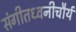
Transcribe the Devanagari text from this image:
संगीतध्वनीचौर्य